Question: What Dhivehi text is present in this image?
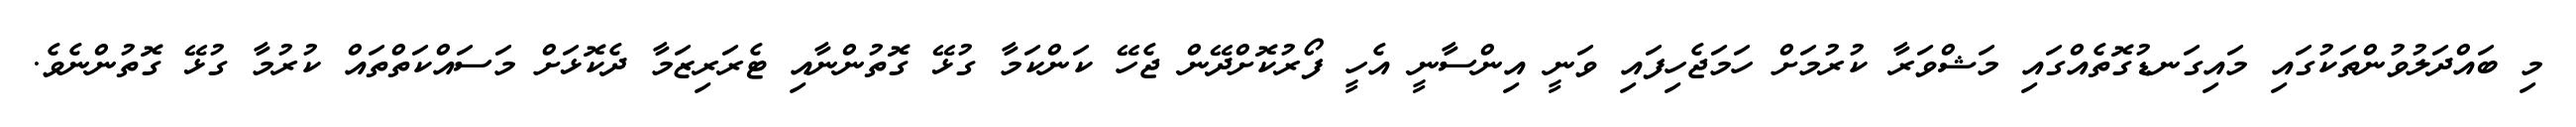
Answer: މި ބައްދަލުވުންތަކުގައި މައިގަނޑުގޮތެއްގައި މަޝްވަރާ ކުރުމަށް ހަމަޖެހިފައި ވަނީ އިންސާނީ އެހީ ފޯރުކޮށްދޭން ޖެހޭ ކަންކަމާ ގުޅޭ ގޮތުންނާއި ޓެރަރިޒަމާ ދެކޮޅަށް މަސައްކަތްތައް ކުރުމާ ގުޅޭ ގޮތުންނެވެ.